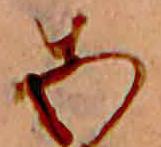
あ